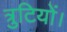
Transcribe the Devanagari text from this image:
त्रुटियों।